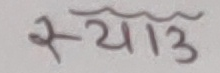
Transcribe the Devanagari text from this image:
स्यात्